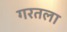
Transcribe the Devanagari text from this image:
गरतला